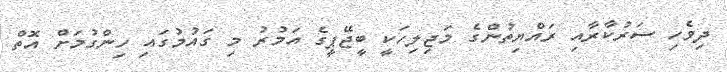
ދިވެހި ސަރުކާރާއި ރައްޔިތުންގެ މަޖިލިހަކީ ބީޖޭޕީގެ އަމުރު މި ގައުމުގައި ހިންގުމަށް އޮތް